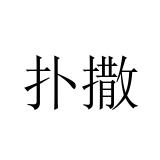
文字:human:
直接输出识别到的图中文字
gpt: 扑撒